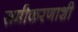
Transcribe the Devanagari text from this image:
समीकरणाशी